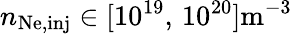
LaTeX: n_{\mathrm{Ne,inj}}\in[10^{19},\, 10^{20}]\mathrm{m^{-3}}